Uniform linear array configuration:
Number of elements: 24
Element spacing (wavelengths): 0.75
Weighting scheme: cosine
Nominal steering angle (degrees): -15
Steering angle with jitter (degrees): -15.976
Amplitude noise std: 0.05
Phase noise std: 0.05

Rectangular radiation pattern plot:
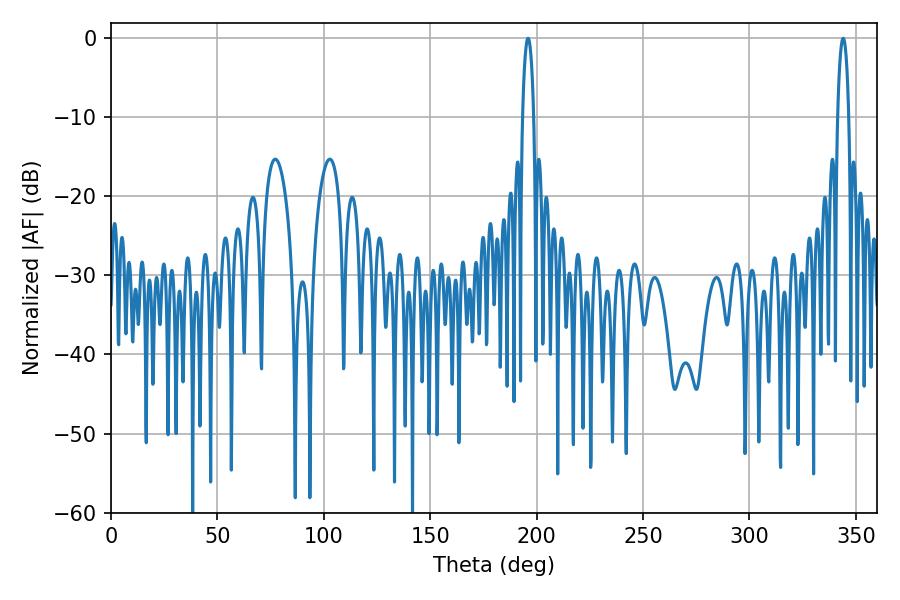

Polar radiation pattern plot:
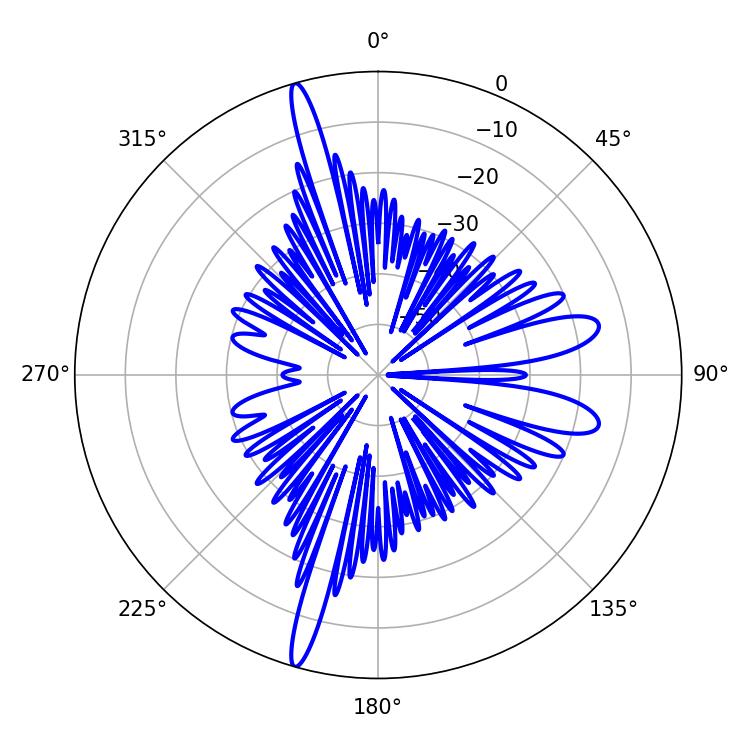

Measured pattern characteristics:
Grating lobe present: TRUE
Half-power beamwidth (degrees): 2.88
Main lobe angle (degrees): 343.98